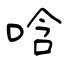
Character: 唅